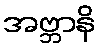
အဗ္ဘာနိ